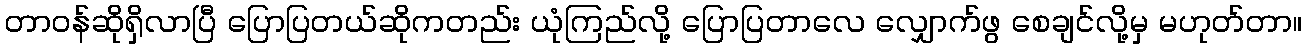
တာဝန်ဆိုရှိလာပြီ ပြောပြတယ်ဆိုကတည်း ယုံကြည်လို့ ပြောပြတာလေ လျှောက်ဖွ စေချင်လို့မှ မဟုတ်တာ။